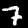
Label: 7